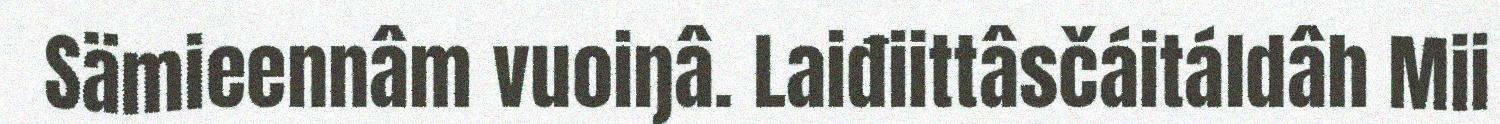
Sämieennâm vuoiŋâ. Laiđiittâsčáitáldâh Mii